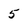
Character: 5